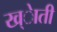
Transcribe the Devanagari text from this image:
ख्ेाती